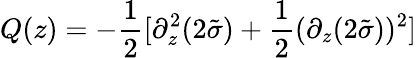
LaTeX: Q(z)=-\frac{1}{2}[\partial_{z}^{2}(2\tilde{\sigma})+\frac{1}{2}(\partial_{z}(2\tilde{\sigma}))^{2}]